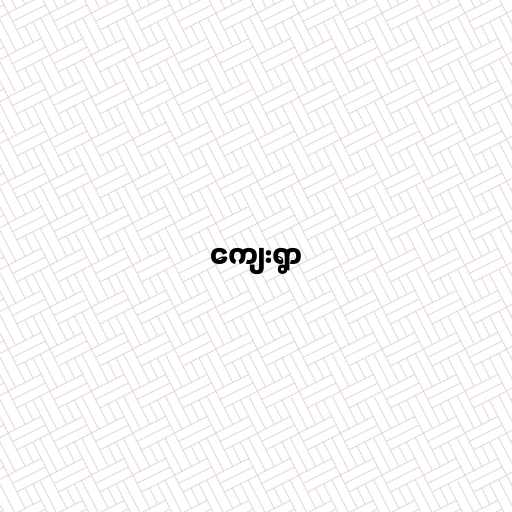
ကျေးရွာ